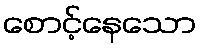
စောင့်နေသော